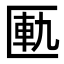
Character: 匭